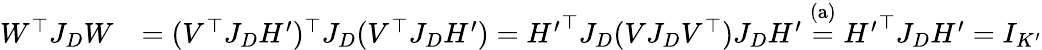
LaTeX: \begin{array}{rl}{W^{\top}J_{D}W}&{=(V^{\top}J_{D}H^{\prime})^{\top}J_{D}(V^{\top}J_{D}H^{\prime})={H^{\prime}}^{\top}J_{D}(VJ_{D}V^{\top})J_{D}H^{\prime}\stackrel{\mathrm{(a)}}{=}{H^{\prime}}^{\top}J_{D}H^{\prime}=I_{K^{\prime}}}\end{array}